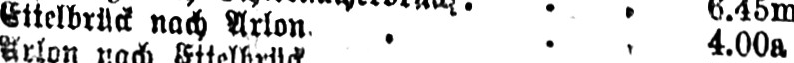
Ettelbrück nach Arlon ... 4.00a